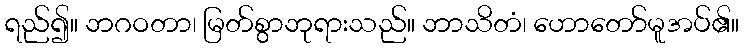
ရည်၍။ ဘဂဝတာ၊ မြတ်စွာဘုရားသည်။ ဘာသိတံ၊ ဟောတော်မူအပ်၏။